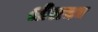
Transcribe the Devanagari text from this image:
श्रीरामन